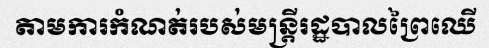
តាមការកំណត់របស់មន្ត្រីរដ្ឋបាលព្រៃឈើ